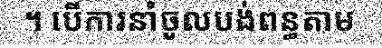
។ បើការនាំចូលបង់ពន្ធតាម